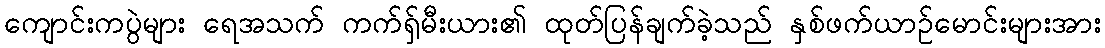
ကျောင်းကပွဲများ ရေအသက် ကက်ရှ်မီးယား၏ ထုတ်ပြန်ချက်ခဲ့သည် နှစ်ဖက်ယာဉ်မောင်းများအား